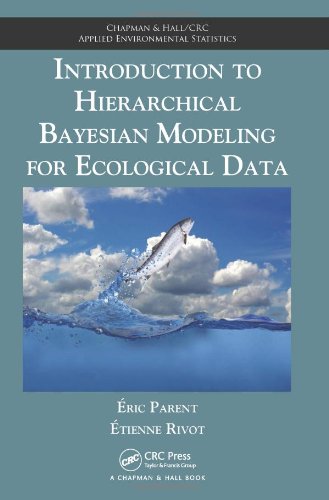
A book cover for Introduction to Hierarchical Bayesian Modeling for Ecological Data (Chapman & Hall/CRC Applied Environmental Statistics); Eric Parent; Science & Math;